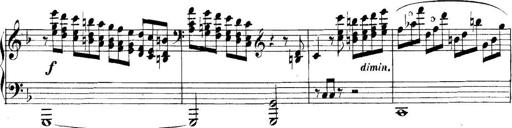
Title: Collected Piano Sonatas
Composer: Muzio Clementi